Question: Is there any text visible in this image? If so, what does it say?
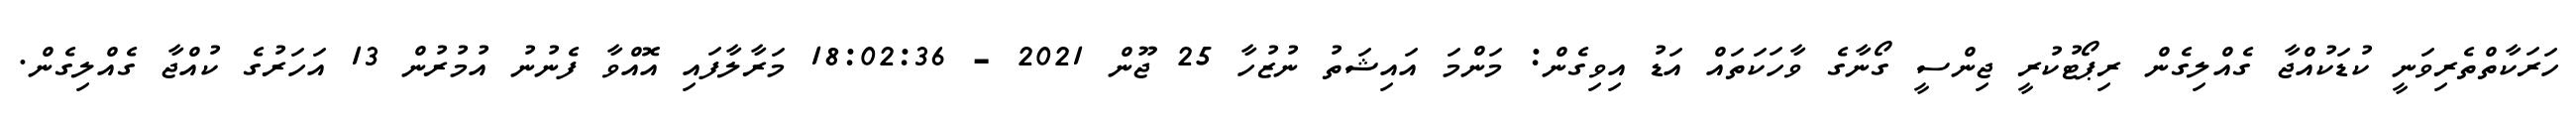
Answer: ހަރަކާތްތެރިވަނީ ކުޑަކުއްޖާ ގެއްލިގެން ރިޕޯޓުކުރީ ޖިންސީ ގޯނާގެ ވާހަކަތައް އަޑު އިވިގެން: މަންމަ އައިޝަތު ނުޒުހާ 25 ޖޫން 2021 - 18:02:36 މަރާލާފައި އޮއްވާ ފެނުނު އުމުރުން 13 އަހަރުގެ ކުއްޖާ ގެއްލިގެން.